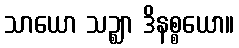
သာယော သဉ္ဈာ ဒိနစ္စယော။